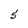
Character: 5